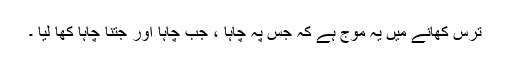
ترس کھانے میں یہ موج ہے کہ جس پہ چاہا ، جب چاہا اور جتنا چاہا کھا لیا ۔